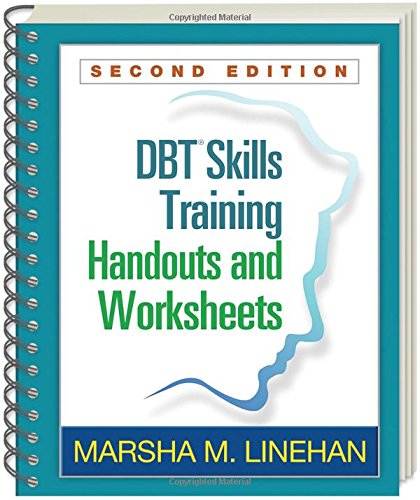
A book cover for DBTÂ® Skills Training Handouts and Worksheets, Second Edition; Marsha M. Linehan PhD  ABPP; Medical Books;